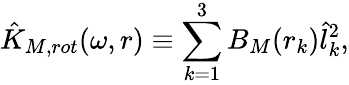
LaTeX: \hat{K}_{M,rot}(\omega,r)\equiv\sum_{k=1}^{3}B_{M}(r_{k})\hat{l}_{k}^{2},